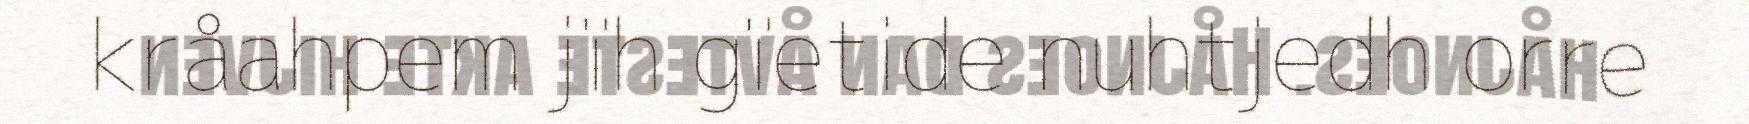
kråahpem jïh gïetide nuhtjedh orre